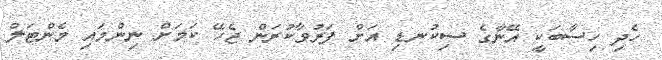
ހެދި ހިސާބަކީ އޭނާގެ ސިކުނޑި އަށް ފަރުވާކުރަން ޖެހޭ ކަމަށް ނިންމައި މެންޓަލް